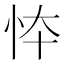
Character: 㤒